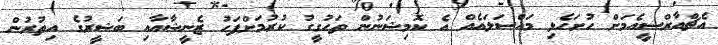
އެޗްއާރްސީއެމަށް ހުށަހެޅި މައްސަލައެއް އެ ކޮމިޝަނުން ތަހުގީގު ކުރުމަށްފަހު ޒެނީޝާއާއި ބަޝީރުގެ އިތުރުން